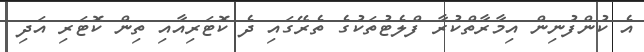
އެ ކުންފުނިން އިމާރާތްކުރާ ފްލެޓުތަކުގެ ތެރޭގައި ދެ ކޮޓަރިއާއި ތިން ކޮޓަރި އަދި